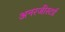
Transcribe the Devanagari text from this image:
अनरजीस्टर्ड